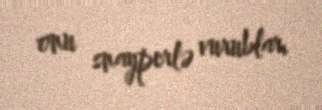
onu snayperlə vurublar.